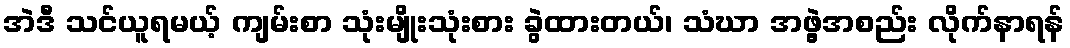
အဲဒီ သင်ယူရမယ့် ကျမ်းစာ သုံးမျိုးသုံးစား ခွဲထားတယ်၊ သံဃာ အဖွဲ့အစည်း လိုက်နာရန်